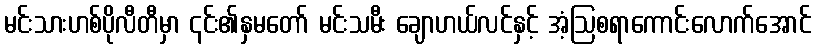
မင်းသားဟစ်ပိုလီတီမှာ ၎င်း၏နှမတော် မင်းသမီး ချောဟယ်လင်နှင့် အံ့ဩစရာကောင်းလောက်အောင်